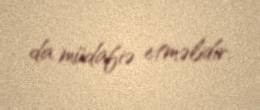
da müdafiə etməlidir.